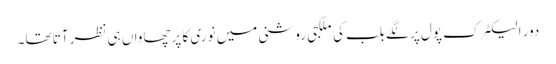
دور الیکٹرک پول پر لگے بلب کی ملگجی روشنی میں نوری کا پرچھاواں ہی نظر آتا تھا۔